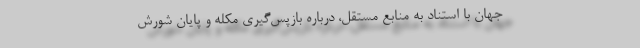
جهان با استناد به منابع مستقل، درباره بازپس‌گیری مکله و پایان شورش